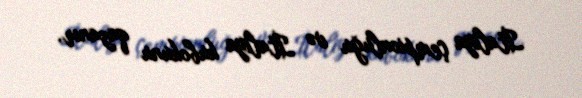
İtaliya çempionluğu və İtaliya kubokunu qazanır.